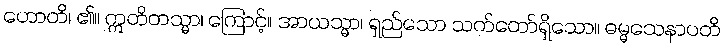
ဟောတိ၊ ၏။ ဣတိတသ္မာ၊ ကြောင့်။ အာယသ္မာ၊ ရှည်သော သက်တော်ရှိသော။ ဓမ္မသေနာပတိ